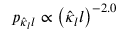
p _ { \hat { \kappa } _ { l } l } \propto \left( \hat { \kappa } _ { l } l \right) ^ { - 2 . 0 }